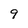
Character: 9